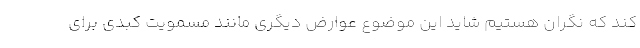
کند که نگران هستیم شاید این موضوع عوارض دیگری مانند مسمویت کبدی برای